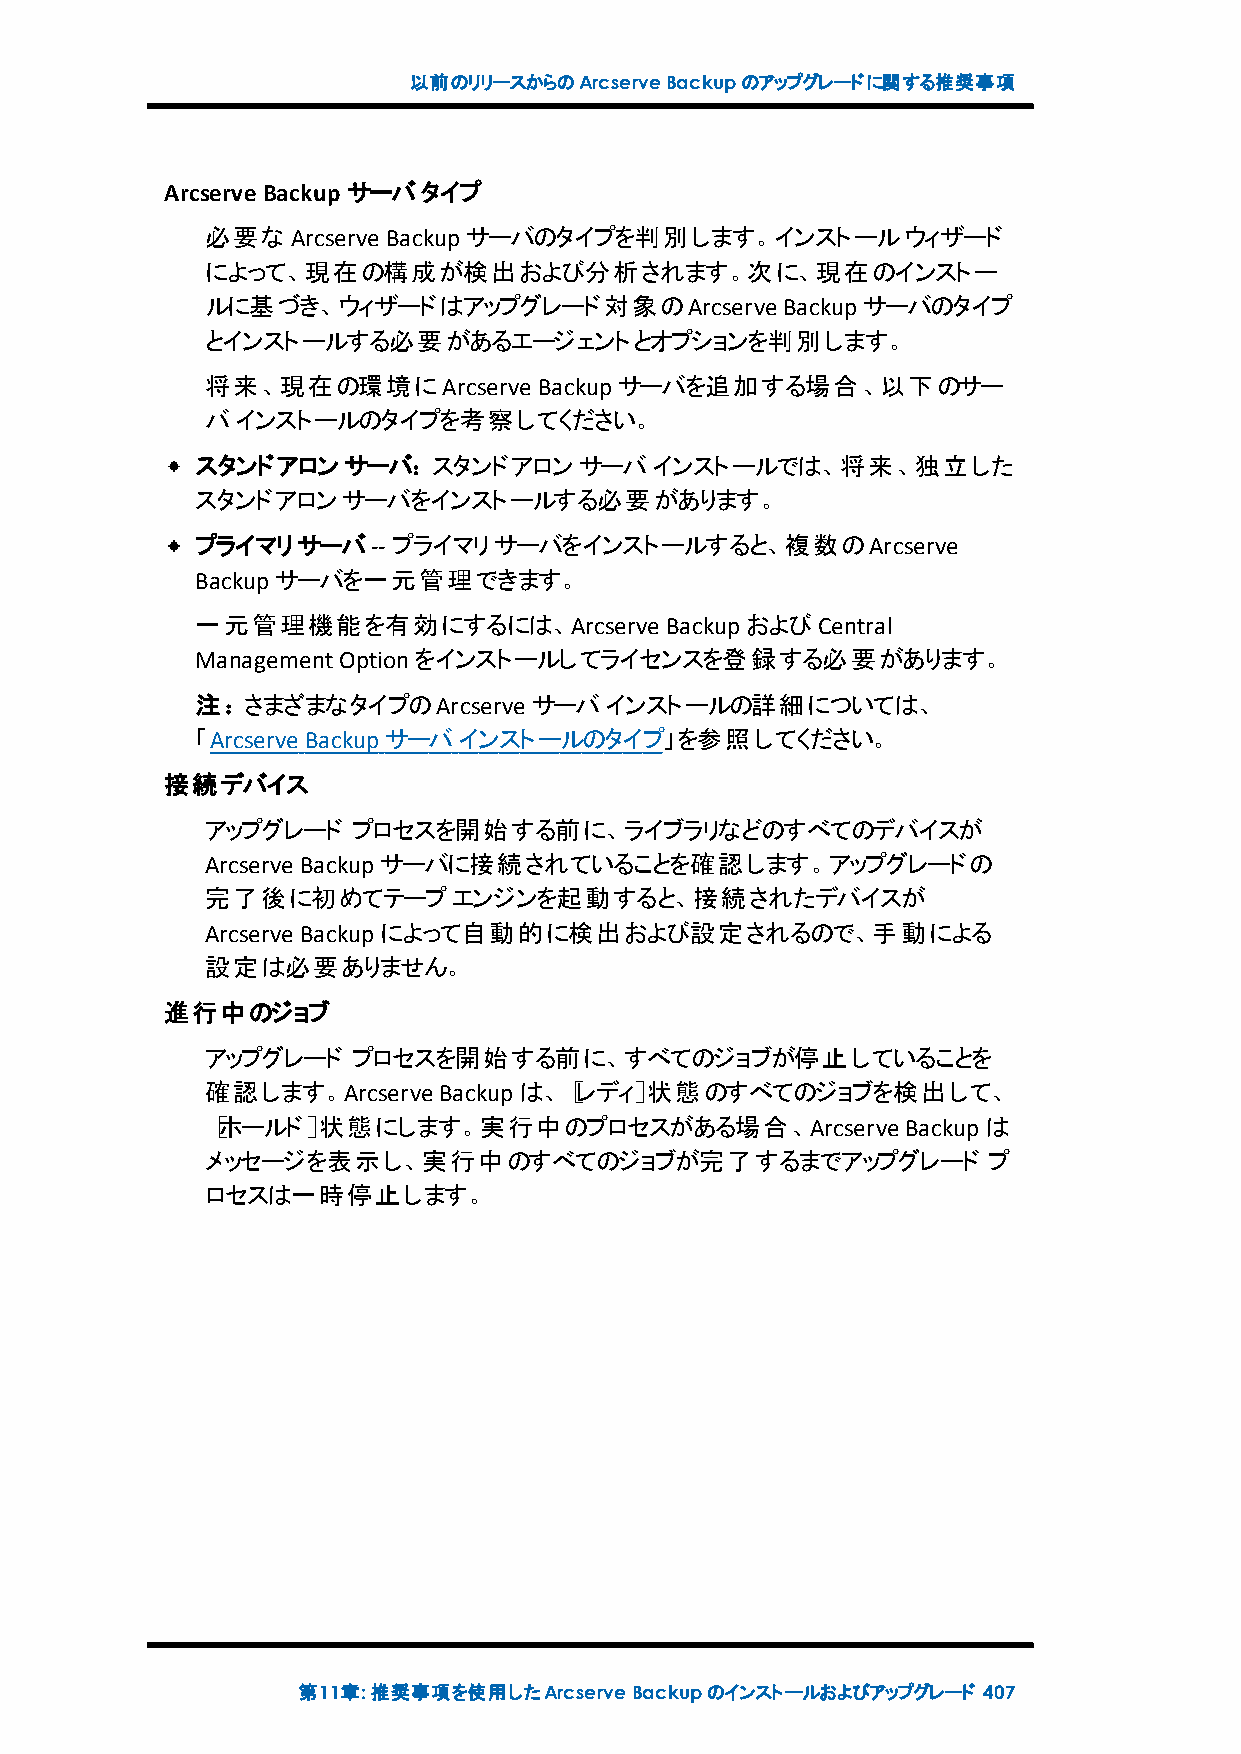
以前のリリースからのArcserveBackupのアップグレードに関する推奨事項
 ArcserveBackup サーバタイプ
 必要な  Arcserve Backupサーバのタイプを判別します。インストールウィザード
 によって、現在の構成が検出および分析されます。次に、現在のインストー
 ルに基づき、ウィザードはアップグレード対象のArcserve        Backupサーバのタイプ
 とインストールする必要があるエージェントとオプションを判別します。
 将来、現在の環境にArcserve     Backupサーバを追加する場合、以下のサー
 バインストールのタイプを考察してください。
 スタンドアロンサーバ：スタンドアロンサーバインストールでは、将来、独立した
 スタンドアロンサーバをインストールする必要があります。
 プライマリサーバ--   プライマリサーバをインストールすると、複数のArcserve
 Backupサーバを一元管理できます。
 一元管理機能を有効にするには、Arcserve        BackupおよびCentral
 ManagementOptionをインストールしてライセンスを登録する必要があります。
 注：さまざまなタイプのArcserve   サーバインストールの詳細については、
 「Arcserve Backupサーバインストールのタイプ」を参照してください。
 接続デバイス
 アップグレード  プロセスを開始する前に、ライブラリなどのすべてのデバイスが
 Arcserve Backupサーバに接続されていることを確認します。アップグレードの
 完了後に初めてテープエンジンを起動すると、接続されたデバイスが
 Arcserve Backupによって自動的に検出および設定されるので、手動による
 設定は必要ありません。
 進行中のジョブ
 アップグレード  プロセスを開始する前に、すべてのジョブが停止していることを
 確認します。Arcserve Backupは、［レディ］状態のすべてのジョブを検出して、
 ［ホールド］状態にします。実行中のプロセスがある場合、Arcserve           Backupは
 メッセージを表示し、実行中のすべてのジョブが完了するまでアップグレード                プ
 ロセスは一時停止します。
 第11章:推奨事項を使用したArcserveBackupのインストールおよびアップグレード 407